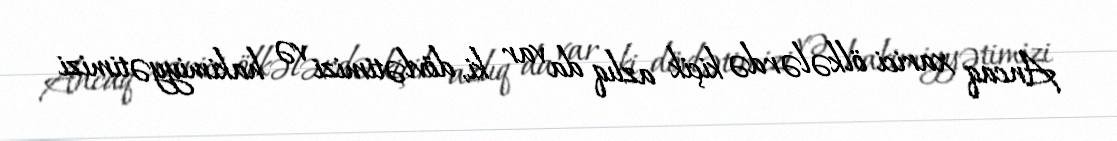
Ancaq xarici ölkələrdə kiçik azlıq da var ki, dövlətimizi və hakimiyyətimizi